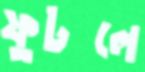
ফুটলে